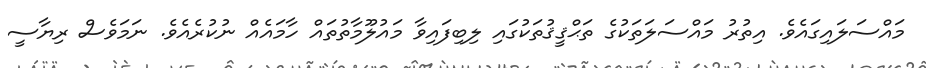
މައްސަލައިގައެވެ. އިތުރު މައްސަލަތަކުގެ ތަޙްޤީޤުތަކުގައި ލިބިފައިވާ މައުލޫމާތުތައް ހާމައެއް ނުކުރެއެވެ. ނަމަވެސް ރިޔާސީ